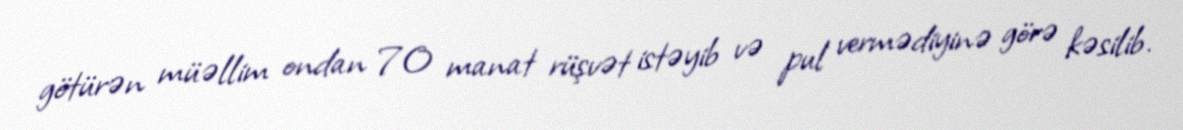
götürən müəllim ondan 70 manat rüşvət istəyib və pul vermədiyinə görə kəsilib.